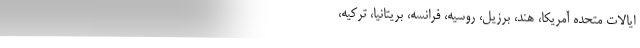
ایالات متحده آمریکا، هند، برزیل، روسیه، فرانسه، بریتانیا، ترکیه،